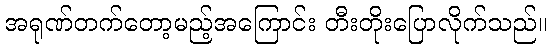
အရုဏ်တက်တော့မည့်အကြောင်း တီးတိုးပြောလိုက်သည်။